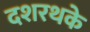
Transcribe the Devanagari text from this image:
दशरथके